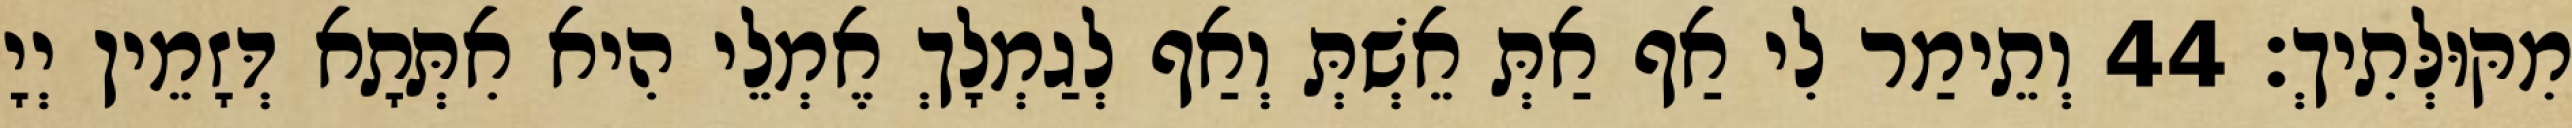
מִקּוּלְּתִיךְ׃ 44 וְתֵימַר לִי אַף אַתְּ אֵשְׁתְּ וְאַף לְגַמְלָךְ אֶמְלֵי הִיא אִתְּתָא דְּזָמֵין יְיָ